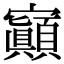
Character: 𡬅